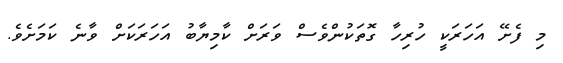
މި ފެށޭ އަހަރަކީ ހުރިހާ ގޮތަކުންވެސް ވަރަށް ކާމިޔާބު އަހަރަކަށް ވާނެ ކަމަށެވެ.